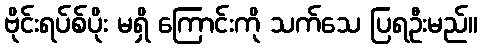
ဗိုင်းရပ်စ်ပိုး မရှိ ကြောင်းကို သက်သေ ပြရဦးမည်။